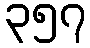
၃၅၇